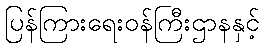
ပြန်ကြားရေးဝန်ကြီးဌာနနှင့်